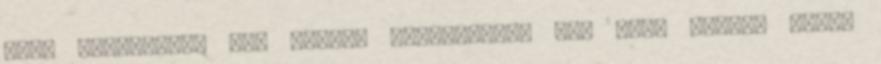
vett távolságot nem tudunk értelmezni, így erre mindig külön